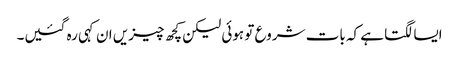
ایسا لگتا ہے کہ بات شروع تو ہوئی لیکن کچھ چیزیں ان کہی رہ گئیں۔